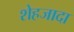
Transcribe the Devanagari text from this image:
शेहजादा